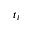
t _ { i }